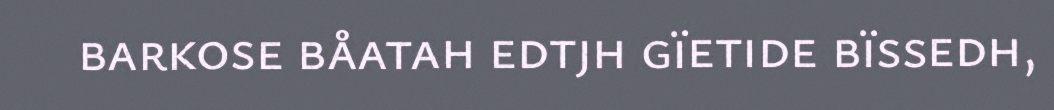
barkose båatah edtjh gïetide bïssedh,